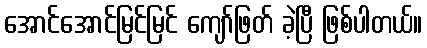
အောင်အောင်မြင်မြင် ကျော်ဖြတ် ခဲ့ပြီ ဖြစ်ပါတယ်။